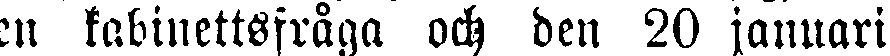
en kabinettsfråga och den 20 januari